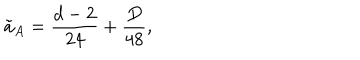
\tilde { a } _ { A } = \frac { d - 2 } { 2 4 } + \frac { D } { 4 8 } ,